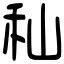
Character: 秈